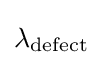
\lambda _{\mathrm {defect} }